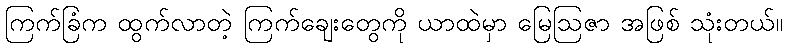
ကြက်ခြံက ထွက်လာတဲ့ ကြက်ချေးတွေကို ယာထဲမှာ မြေဩဇာ အဖြစ် သုံးတယ်။